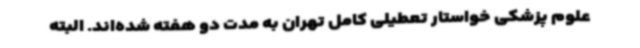
علوم پزشکی خواستار تعطیلی کامل تهران به مدت دو هفته شده‌اند. البته